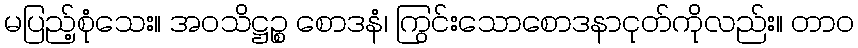
မပြည့်စုံသေး။ အဝသိဋ္ဌဉ္စ စောဒနံ၊ ကြွင်းသောစောဒနာငုတ်ကိုလည်း။ တာဝ